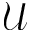
\mathcal { U }